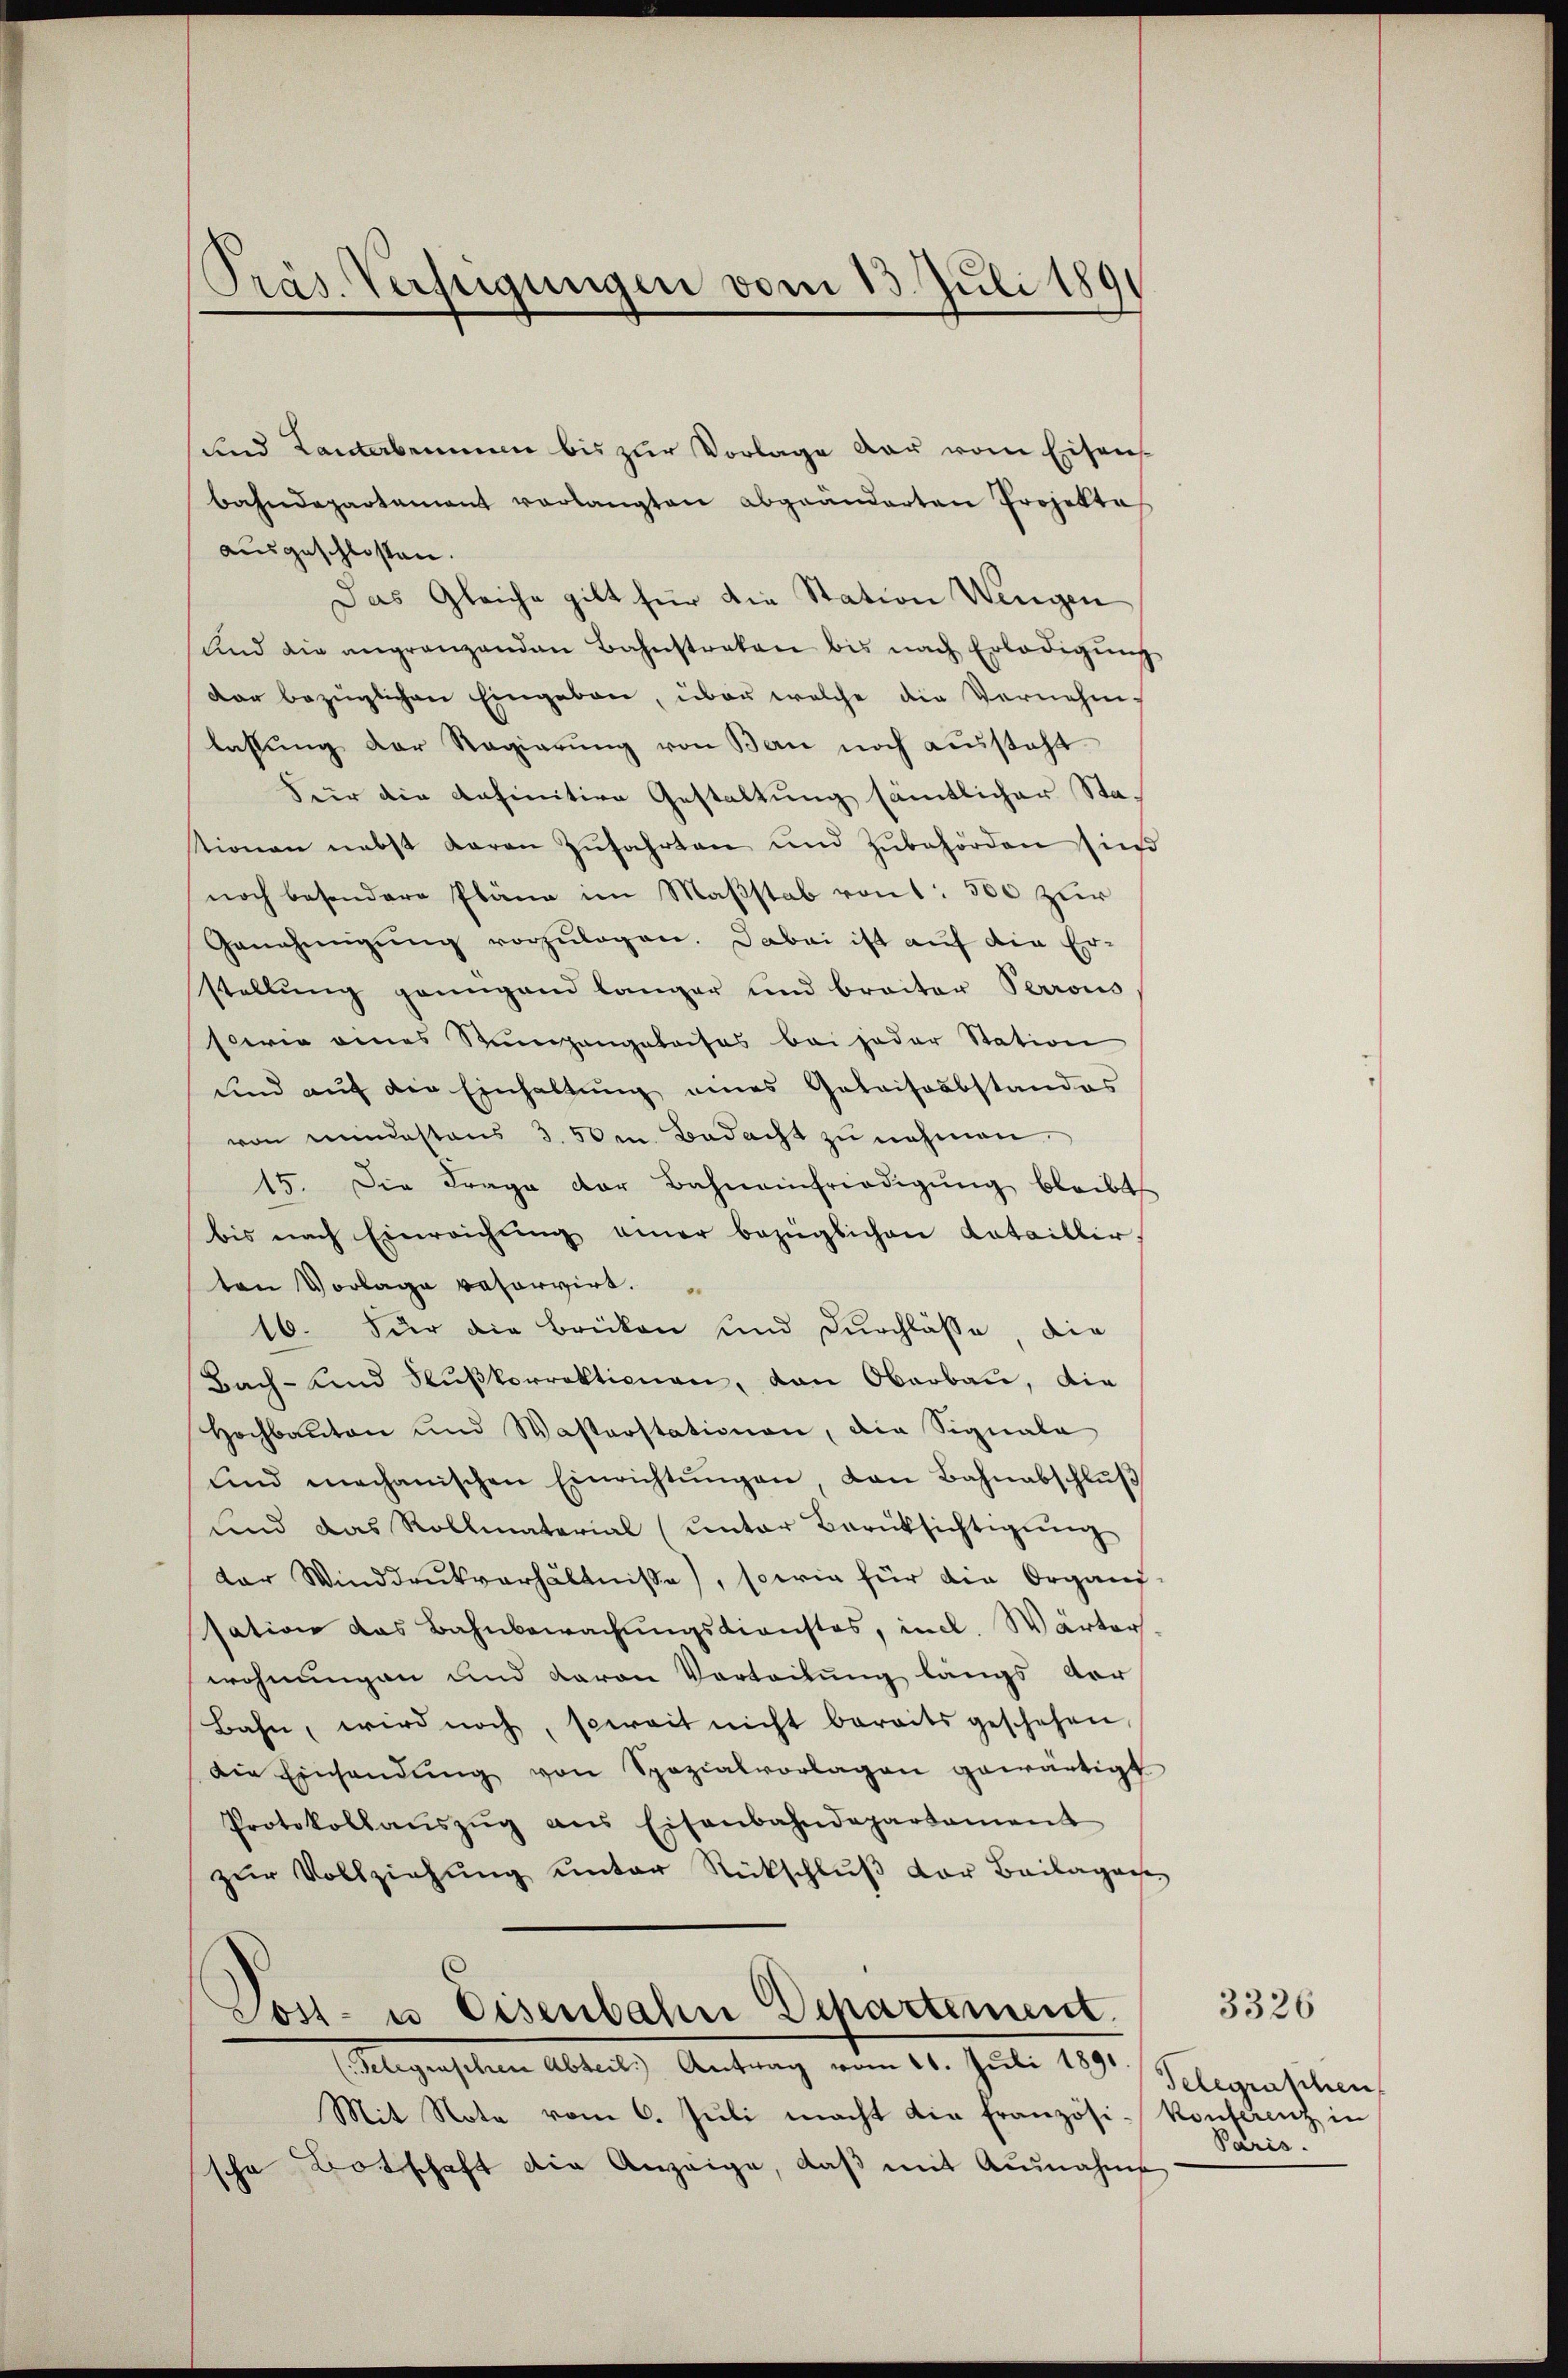
Präs. Verfügungen vom 13. Juli 189

ausgeschlossen.
Das Gleiche gilt für die Station Weigen
und die angränzenden Bahnstraken bis nach Erledigŭng
dar bezüglichen Eingaben, über welche die Vernehm-
lassŭng der Regierŭng von Bau noch aussteht.
Feir die definitive Gestaltung sämtlicher Stationen nebst daran Zŭfahrten und Zubehörden sind
noch besondere Pläne im Maßstab von 1 500 zur
Genehmigŭng vorzŭlagen. Dabei ist auf die Er-
stellŭng genügend länger und braiter Perrous
sowie eines Stumpangabaises bei jeder Station
und aŭf die Einhaltŭng eines Getrissabstandes
von mindestens 3. 50m Bedacht zu nehmen.
15. Die Frage der Bahneinfriedigŭng bleibt
bis nach Einreichŭng einer bezüglichen Katailler,
ten Vorlage veharrirt.
16. Für die Brücken und Durchlasse, die
Bach- und Flußkorrektionen, von Oberbau, die
Hochbauten und Wasterstationen, die Signala
und mechanischen Einrichtŭngen, dan Bahnabschlŭβ
ŭnd das Rollmaterial (unter Berücksichtigŭng
der Winddrŭckverhältnisse, sowie für die Organi-
sation das Bahnbewachungsdienstes, incl. Wärter
wohnungen und davon Vortribung längs der
Bahn, wird noch, soweit nicht bereits geschehen,
die Einhandŭng von Spezialvorlagen gewärtigt
Protokollaŭszŭg ans Eisenbahndepartament
zŭr Vollziehŭng ŭnter Rückschlŭβ der Beilagesse
Post- u Eisenbahn Dchartement.
(Gelegraschen Abteil. Antrag vom 11. Juli 1891.
Mit Note vom 6. Jŭli macht die Französi-Konferenz in
sche Botschaft die Anzeige, daß mit Ausnahme

sund Landerbenen bis zur Vorlage der vom Eisenbahndepartament verlangten abgeänderten Projekte

Telegraschen
Paris.

3326